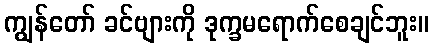
ကျွန်တော် ခင်ဗျားကို ဒုက္ခမရောက်စေချင်ဘူး။